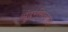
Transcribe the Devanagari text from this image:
सुंदरसिद्धांत